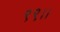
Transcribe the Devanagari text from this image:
९९।।